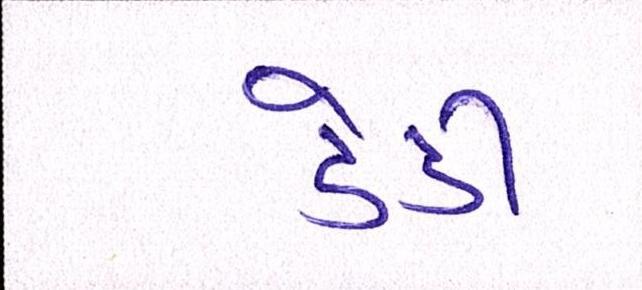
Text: ડેડી